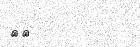
٦٠